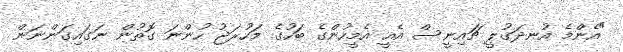
"އެންމެ އުނދަގުލީ ޗައިނީސް އެއީ އެމީހުންގެ ބަހުގެ މަހުރަޖު ހުންނަ ގޮތުން ނަގައިގަންނަން